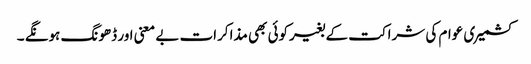
کشمیری عوام کی شراکت کے بغیرکوئی بھی مذاکرات بے معنی اور ڈھونگ ہونگے ۔